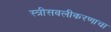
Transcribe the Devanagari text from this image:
स्त्रीसबलीकरणाचा